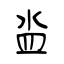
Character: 泴